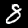
Label: 8